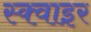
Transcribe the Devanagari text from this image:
स्क्वाइर